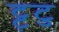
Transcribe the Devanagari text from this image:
ट्ट्टु